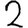
Digit: 2